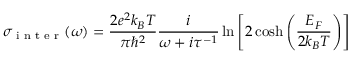
\sigma _ { \textrm { i n t e r } } ( \omega ) = \frac { 2 e ^ { 2 } k _ { B } T } { \pi \hbar ^ { 2 } } \frac { i } { \omega + i \tau ^ { - 1 } } \ln \left[ 2 \cosh \left( \frac { E _ { F } } { 2 k _ { B } T } \right) \right]